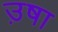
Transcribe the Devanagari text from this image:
उ़षा